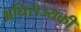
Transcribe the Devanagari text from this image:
अधिराज्यकी